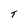
Character: T